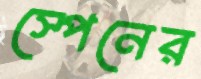
স্পেনের